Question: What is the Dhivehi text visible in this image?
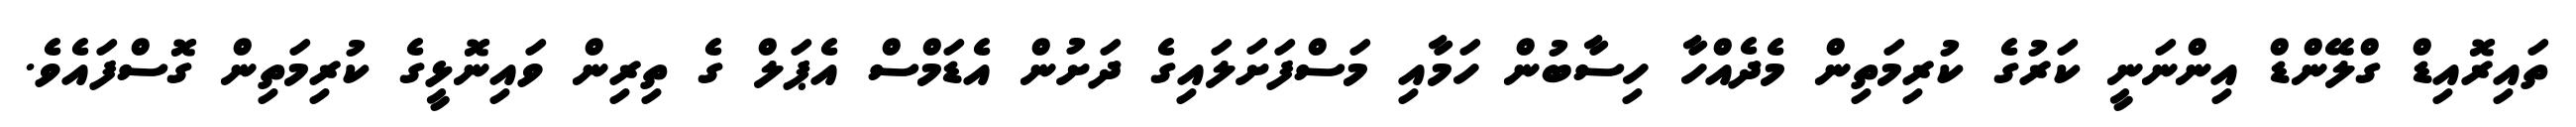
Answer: ތައިރޮއިޑް ގްލޭންޑް އިންނަނީ ކަރުގެ ކުރިމަތިން މެދެއްހާ ހިސާބުން ހަމާއި މަސްފަށަލައިގެ ދަށުން އެޑަމްސް އެޕަލް ގެ ތިރިން ވައިނޮޅީގެ ކުރިމަތިން ގޮސްފައެވެ.